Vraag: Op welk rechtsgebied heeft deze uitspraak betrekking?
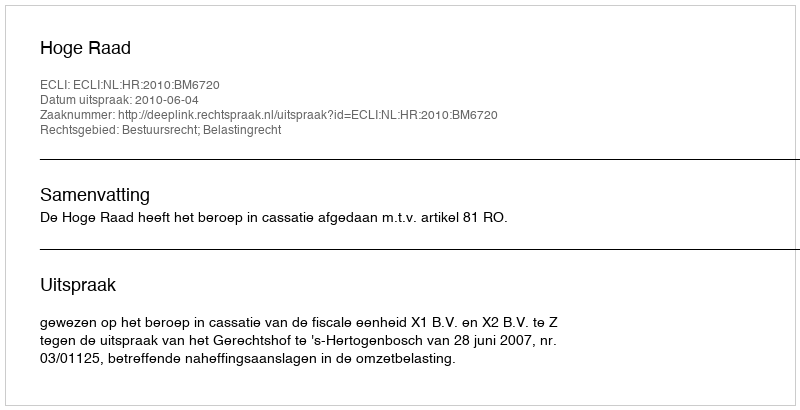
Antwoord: Bestuursrecht; Belastingrecht